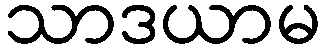
သာဒယာမ